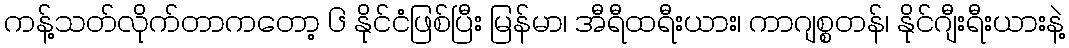
ကန့်သတ်လိုက်တာကတော့ ၆ နိုင်ငံဖြစ်ပြီး မြန်မာ၊ အီရီထရီးယား၊ ကာဂျစ္စတန်၊ နိုင်ဂျီးရီးယားနဲ့